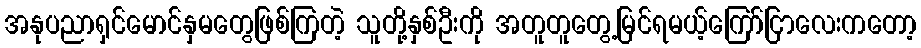
အနုပညာရှင်မောင်နှမတွေဖြစ်ကြတဲ့ သူတို့နှစ်ဦးကို အတူတူတွေ့မြင်ရမယ့်ကြော်ငြာလေးကတော့